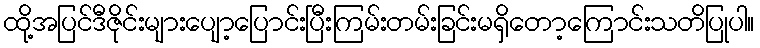
ထို့အပြင်ဒီဇိုင်းများပျော့ပြောင်းပြီးကြမ်းတမ်းခြင်းမရှိတော့ကြောင်းသတိပြုပါ။